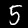
Digit: 5